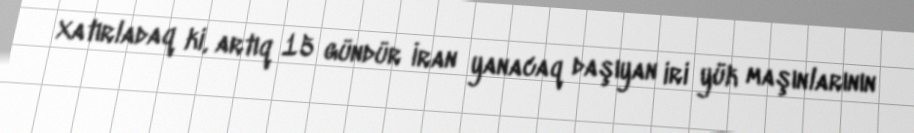
Xatırladaq ki, artıq 15 gündür İran yanacaq daşıyan iri yük maşınlarının